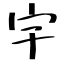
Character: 宇